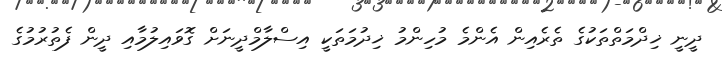
ދީނީ ޚިދްމަތްތަކުގެ ތެރެއިން އެންމެ މުހިންމު ޚިދުމަތަކީ އިސްލާމްދީނަށް ގޮވައިލުމާއި ދީން ފެތުރުމުގެ